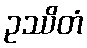
ဥဿိတံ